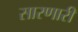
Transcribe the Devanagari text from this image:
सारणारी